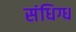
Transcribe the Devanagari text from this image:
संधिग्ध